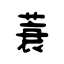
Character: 蓑